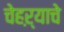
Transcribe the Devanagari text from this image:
चेहऱ्याचे